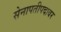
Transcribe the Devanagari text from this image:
सेनापतीपदावर